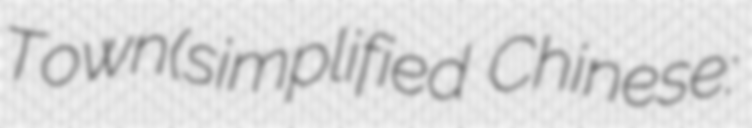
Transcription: Town(simplified Chinese: